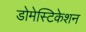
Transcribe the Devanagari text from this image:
डोमेस्टिकेशन